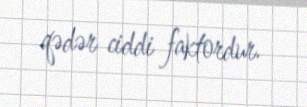
qədər ciddi faktordur.